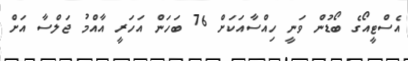
އެސްޓީއޯގެ ބޯޑުން ވަނީ ހިއްސާއަކަށް 76 ބަހަން އަހަރީ އާއްމު ޖަލްސާ އަށް